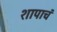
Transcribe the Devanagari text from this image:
शापाचं